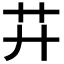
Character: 𦬇